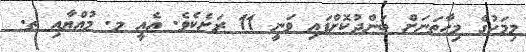
މިމަހުގެ މިހާތަނަށް ބަންދުކޮށްފައި ވަނީ 11 ރަށެކެވެ. އެއީ މ. މުއްޔާއި ތ.